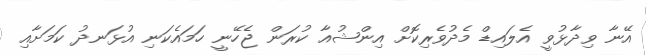
އޭނާ ވިދާޅުވީ އެލައިޑް މެދުވެރިކޮށް އިންޝުއާ ކުރަން ޖެހޭނީ ހަމައެކަނި އުޅަނދު ކަމަށާއި